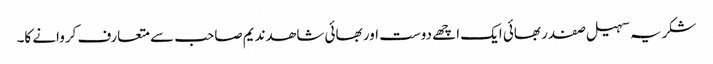
شکریہ سہیل صفدر بھائی ایک اچھے دوست اور بھائی شاھد ندیم صاحب سے متعارف کروانے کا۔